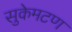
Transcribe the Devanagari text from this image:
सुकेमटण